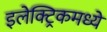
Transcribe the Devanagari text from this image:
इलेक्ट्रिकमध्ये